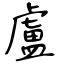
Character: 盧